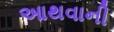
આથવાની